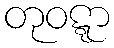
တုဝဋ္ဋာ